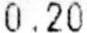
0.20